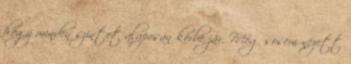
hogy minden szintet alaposan körbe jár. Még sosem nézett